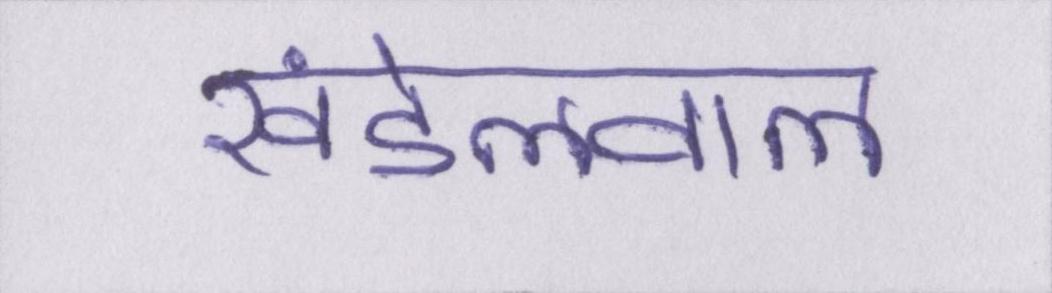
खंडेलवाल